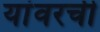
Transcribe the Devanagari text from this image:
यांवरची